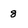
Character: 8